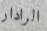
الرادار